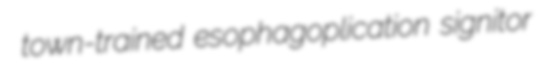
town-trained esophagoplication signitor